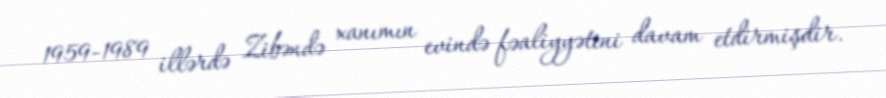
1959-1989 illərdə Zibəndə xanımın evində fəaliyyətini davam etdirmişdir.